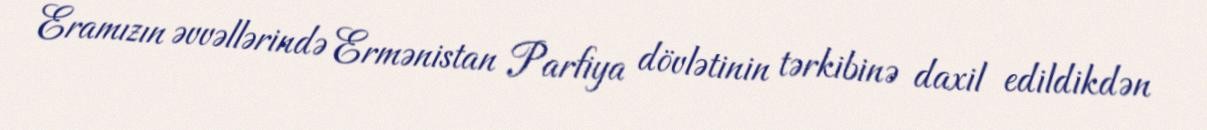
Eramızın əvvəllərində Ermənistan Parfiya dövlətinin tərkibinə daxil edildikdən